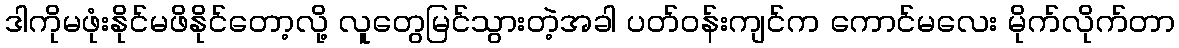
ဒါကိုမဖုံးနိုင်မဖိနိုင်တော့လို့ လူတွေမြင်သွားတဲ့အခါ ပတ်ဝန်းကျင်က ကောင်မလေး မိုက်လိုက်တာ